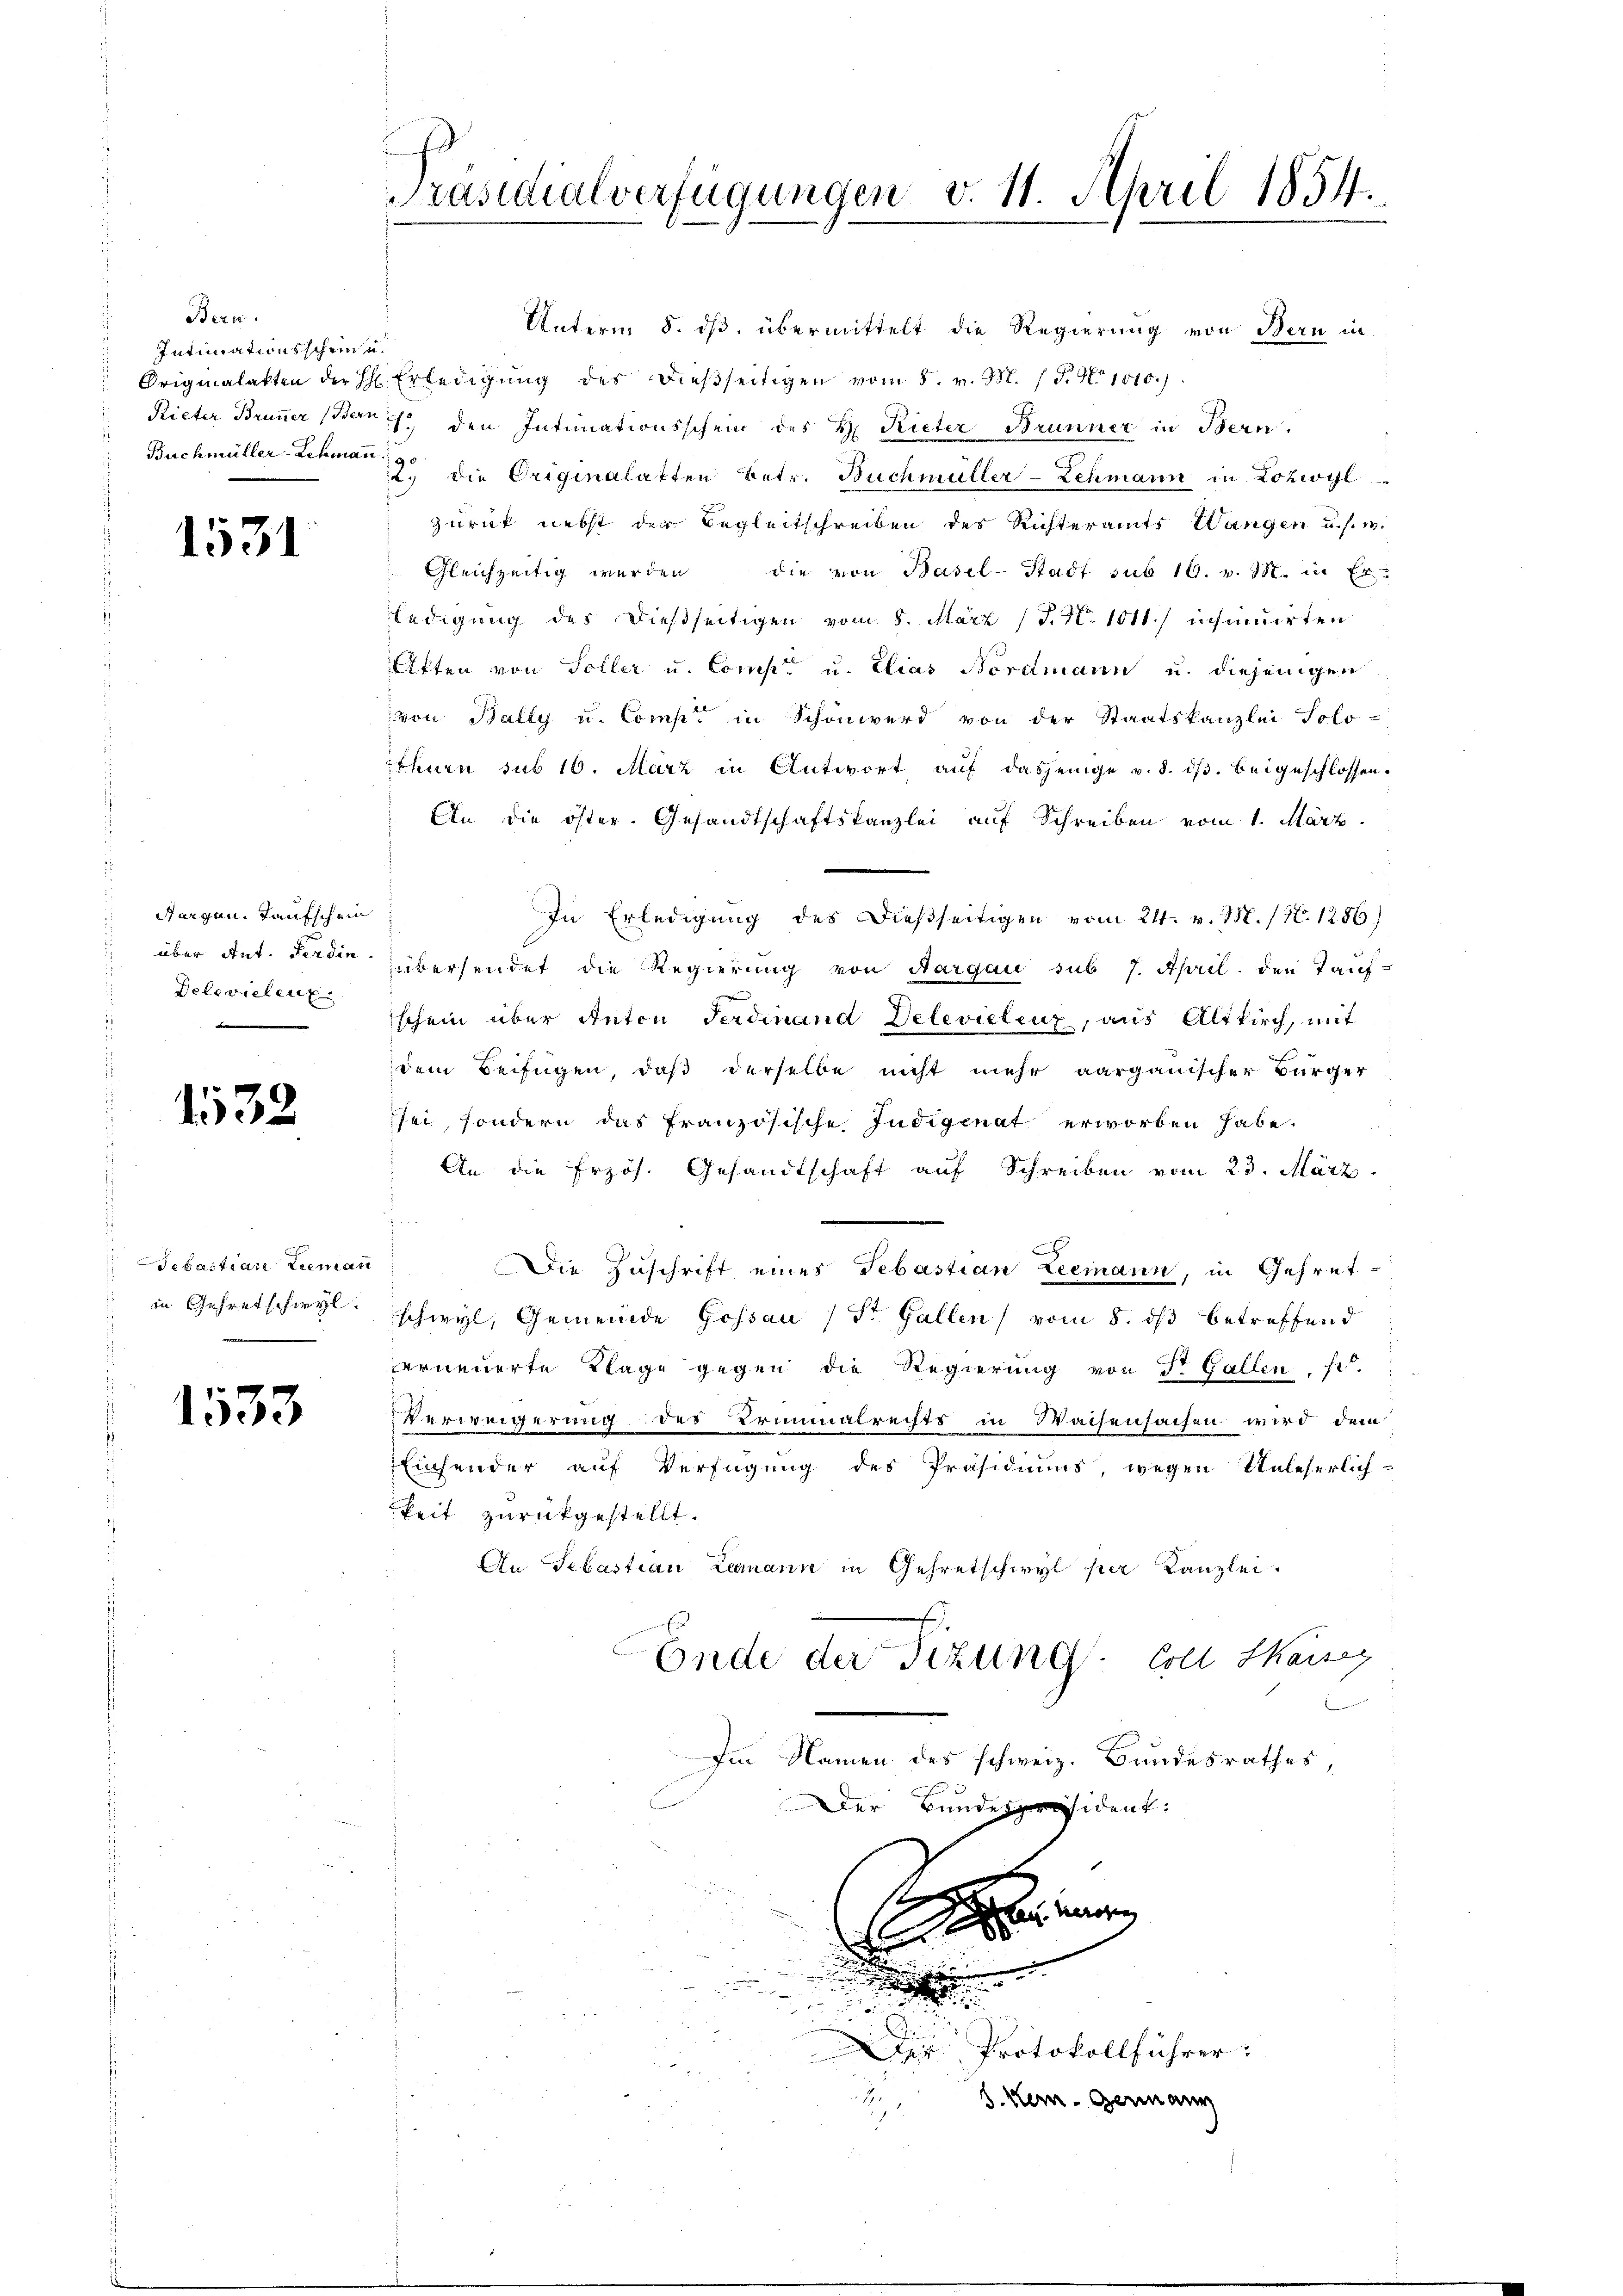
Bern.
Intimationsschein u.
d
Buchmüller-Lehmann.
s

1531

Aargau, Taufschein
Delevielenz

1532

Sebastian Leemann
in Gehretschwyl.

1533

Präsidialverfügungen v. 11. April 1854.

Unterm 8. ds. übermittelt die Regierung von Bern in
Originalakten der Sch. Erledigŭng des dieβseitigen vom 8. v. M. / 5. No 1010.)
Rieter Brunner (Bernis, den Intimationsschein des H. Rieter Brunner in Bern.
2. die Originalatten Betr. Buchmüller-Zehmann in Lohwyl
zurück nebst der Begleitschreiben des Richteramts Wangen u. s. w.
Gleichzeitig werden die von Basel-Stadt sub 16. v. M. in Er-
ledigung des dießseitigen vom 8. März (T. N. 111.) insinuirten
Aiften von Soller u. Comp. u. Elias Nordmann u. diejenigen
von Bally u. Comp. in Schönwerd von der Staatskanzlei Solo-
thurn sub 16. März in Antwort auf dasjenige v. 8. dβ. beigeschlossen.
An die öster. Gesandtschaftskanzlei auf Schreiben vom 1. März
In Erledigung des Dießseitigen vom 21. v. M. / N. 1286)
über Ant. Ferdien übersendet die Regierung von Aargau sub 7. April den Tauf-
Eschein über Anton Ferdinand Delevielenz, aus Altkirch, mit
dem Beifügen, daß derselbe nicht mehr aargauischer Bürger
sei, sondern das französische Jndigenat erworben habe.
An die frzös. Gesandtschaft auf Schreiben vom 23. März
x
Die Zuschrift eines Sebastian Leemann, in Gehret-
schwyl, Gemeinde Gossau (St. Gallen vom 5. ds betreffend
verneuerte Klage gegen die Regierung von Sr. Gallen se
Verweigerung des Erinmalrechts in Waisensachen wird dem
Einsender auf Verfügung des Präsidiums, wegen Unleserlichkeit zurückgestellt.
An Sebastian Leemann in Gehretschwyl per Kanzlei.
E
Ende der Tizung. Soll Mang
Im Namen des schweiz. Bundesrathes,
Der Bundespräsident:
s
a. Herren |

.
Dr. Protokollführer.
3
S. kein Germann